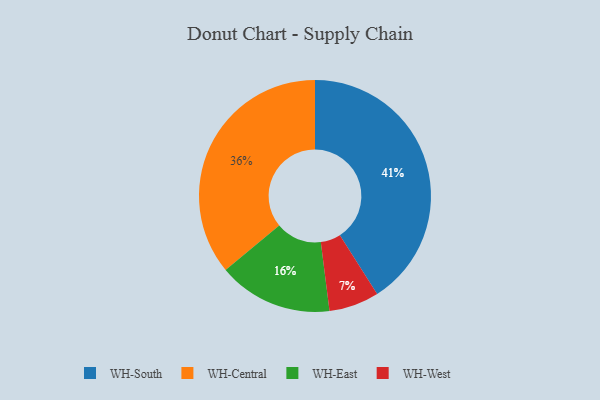
{"axis": {"x": "Category", "y": "Percentage"}, "legend": ["WH-Central", "WH-East", "WH-South", "WH-West"], "data": [{"x": "WH-South", "y": 41, "type": "WH-South"}, {"x": "WH-West", "y": 7, "type": "WH-West"}, {"x": "WH-Central", "y": 36, "type": "WH-Central"}, {"x": "WH-East", "y": 16, "type": "WH-East"}]}